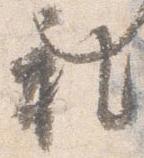
礼